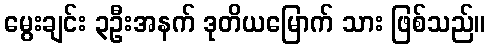
မွေးချင်း ၃ဦးအနက် ဒုတိယမြောက် သား ဖြစ်သည်။